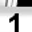
Digit: 1